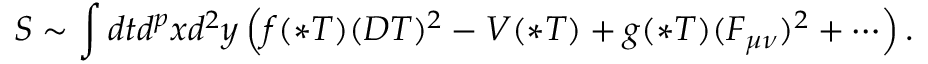
S \sim \int d t d ^ { p } x d ^ { 2 } y \left( f ( * T ) ( D T ) ^ { 2 } - V ( * T ) + g ( * T ) ( F _ { \mu \nu } ) ^ { 2 } + \cdots \right) .